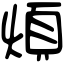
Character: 煩